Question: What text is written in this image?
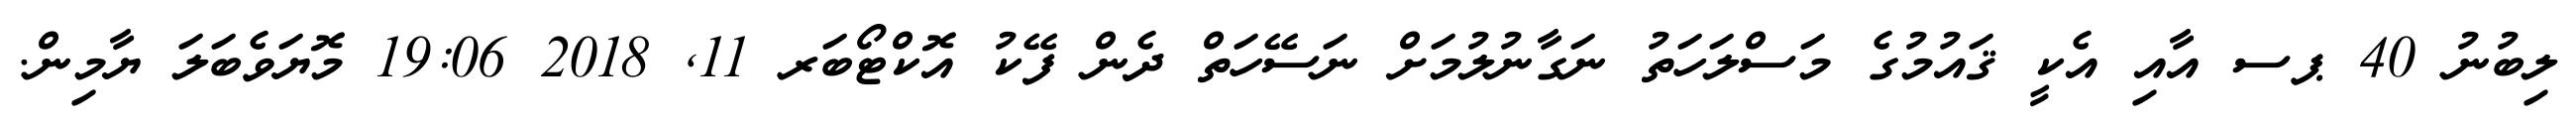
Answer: ލިބުނު 40 ޕސ އާއި އެކީ ޤައުމުގެ މަސްލަހަތު ނަގާނުލުމަށް ނަސޭހަތް ދެން ފޭކު އޮކްޓޯބަރ 11, 2018 19:06 މޮޔަވެބަލަ ޔާމިން.